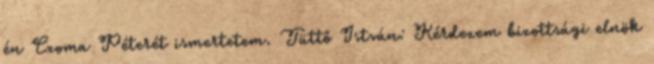
én Czoma Péterét ismertetem. Tüttő István: Kérdezem bizottsági elnök